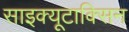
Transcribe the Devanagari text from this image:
साइक्यूटाक्सिन